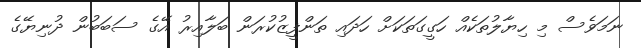
ނަމަވެސް މި ހިޔާލުތަކެއް ހަގީގަތަކަށް ހަދައި ތަންފީޒުކުރަން ބަލާއިރު އޭގެ ސަބަބުން ދުނިޔޭގެ